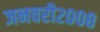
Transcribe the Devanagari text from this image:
जनवरी२००८